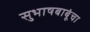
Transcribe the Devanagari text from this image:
सुभाषबाबूंचा